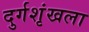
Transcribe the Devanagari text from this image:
दुर्गशृंखला